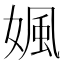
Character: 㜄